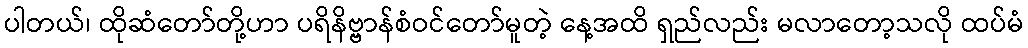
ပါတယ်၊ ထိုဆံတော်တို့ဟာ ပရိနိဗ္ဗာန်စံဝင်တော်မူတဲ့ နေ့အထိ ရှည်လည်း မလာတော့သလို ထပ်မံ